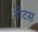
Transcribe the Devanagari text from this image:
नोटस